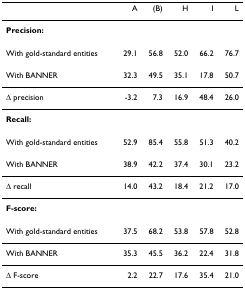
<table><thead><tr><td></td><td><b>A</b></td><td><b>(B)</b></td><td><b>H</b></td><td><b>I</b></td><td><b>L</b></td></tr></thead><tbody><tr><td><b>Precision:</b></td><td></td><td></td><td></td><td></td><td></td></tr><tr><td>With gold-standard entities</td><td>29.1</td><td>56.8</td><td>52.0</td><td>66.2</td><td>76.7</td></tr><tr><td>With BANNER</td><td>32.3</td><td>49.5</td><td>35.1</td><td>17.8</td><td>50.7</td></tr><tr><td>Δ precision</td><td>-3.2</td><td>7.3</td><td>16.9</td><td>48.4</td><td>26.0</td></tr><tr><td><b>Recall:</b></td><td></td><td></td><td></td><td></td><td></td></tr><tr><td>With gold-standard entities</td><td>52.9</td><td>85.4</td><td>55.8</td><td>51.3</td><td>40.2</td></tr><tr><td>With BANNER</td><td>38.9</td><td>42.2</td><td>37.4</td><td>30.1</td><td>23.2</td></tr><tr><td>Δ recall</td><td>14.0</td><td>43.2</td><td>18.4</td><td>21.2</td><td>17.0</td></tr><tr><td><b>F-score:</b></td><td></td><td></td><td></td><td></td><td></td></tr><tr><td>With gold-standard entities</td><td>37.5</td><td>68.2</td><td>53.8</td><td>57.8</td><td>52.8</td></tr><tr><td>With BANNER</td><td>35.3</td><td>45.5</td><td>36.2</td><td>22.4</td><td>31.8</td></tr><tr><td>Δ F-score</td><td>2.2</td><td>22.7</td><td>17.6</td><td>35.4</td><td>21.0</td></tr></tbody></table>